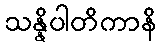
သန္နိပါတိကာနိ